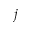
j